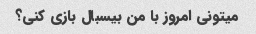
میتونی امروز با من بیسبال بازی کنی؟